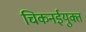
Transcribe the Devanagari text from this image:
चिकनईयुक्त